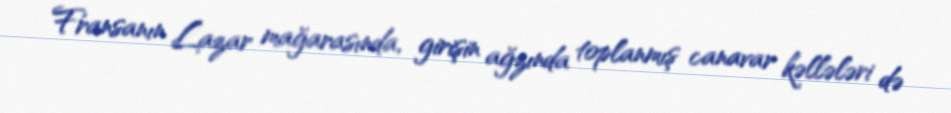
Fransanın Lazar mağarasında, girişin ağzında toplanmış canavar kəllələri də